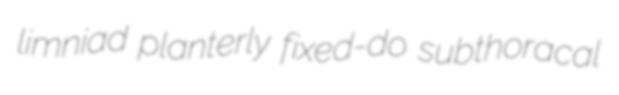
limniad planterly fixed-do subthoracal